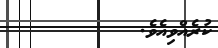
ކުރެއްވިއެވެ.